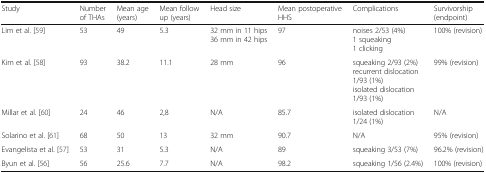
<table><thead><tr><td><b>Study</b></td><td><b>Number of THAs</b></td><td><b>Mean age (years)</b></td><td><b>Mean follow up (years)</b></td><td><b>Head size</b></td><td><b>Mean postoperative HHS</b></td><td><b>Complications</b></td><td><b>Survivorship (endpoint)</b></td></tr></thead><tbody><tr><td>Lim et al. [59]</td><td>53</td><td>49</td><td>5.3</td><td>32 mm in 11 hips36 mm in 42 hips</td><td>97</td><td>noises 2/53 (4%)1 squeaking1 clicking</td><td>100% (revision)</td></tr><tr><td>Kim et al. [58]</td><td>93</td><td>38.2</td><td>11.1</td><td>28 mm</td><td>96</td><td>squeaking 2/93 (2%)recurrent dislocation 1/93 (1%)isolated dislocation 1/93 (1%)</td><td>99% (revision)</td></tr><tr><td>Millar et al. [60]</td><td>24</td><td>46</td><td>2,8</td><td>N/A</td><td>85.7</td><td>isolated dislocation 1/24 (1%)</td><td>N/A</td></tr><tr><td>Solarino et al. [61]</td><td>68</td><td>50</td><td>13</td><td>32 mm</td><td>90.7</td><td>N/A</td><td>95% (revision)</td></tr><tr><td>Evangelista et al. [57]</td><td>53</td><td>31</td><td>5.3</td><td>N/A</td><td>89</td><td>squeaking 3/53 (7%)</td><td>96.2% (revision)</td></tr><tr><td>Byun et al. [56]</td><td>56</td><td>25.6</td><td>7.7</td><td>N/A</td><td>98.2</td><td>squeaking 1/56 (2.4%)</td><td>100% (revision)</td></tr></tbody></table>